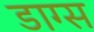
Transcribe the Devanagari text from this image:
डाग्स